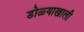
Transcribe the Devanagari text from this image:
डोळ्याखाली